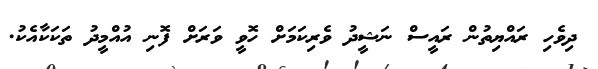
ދިވެހި ރައްޔިތުން ރައީސް ނަޝީދު ވެރިކަމަށް ހޮވީ ވަރަށް ފޮނި އުއްމީދު ތަކަކާއެކު.